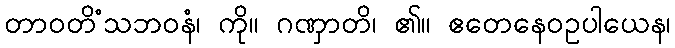
တာဝတိံသဘဝနံ၊ ကို။ ဂဏှာတိ၊ ၏။ ဧတေနေဝဥပါယေန၊